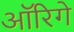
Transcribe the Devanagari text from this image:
ऑरिगे